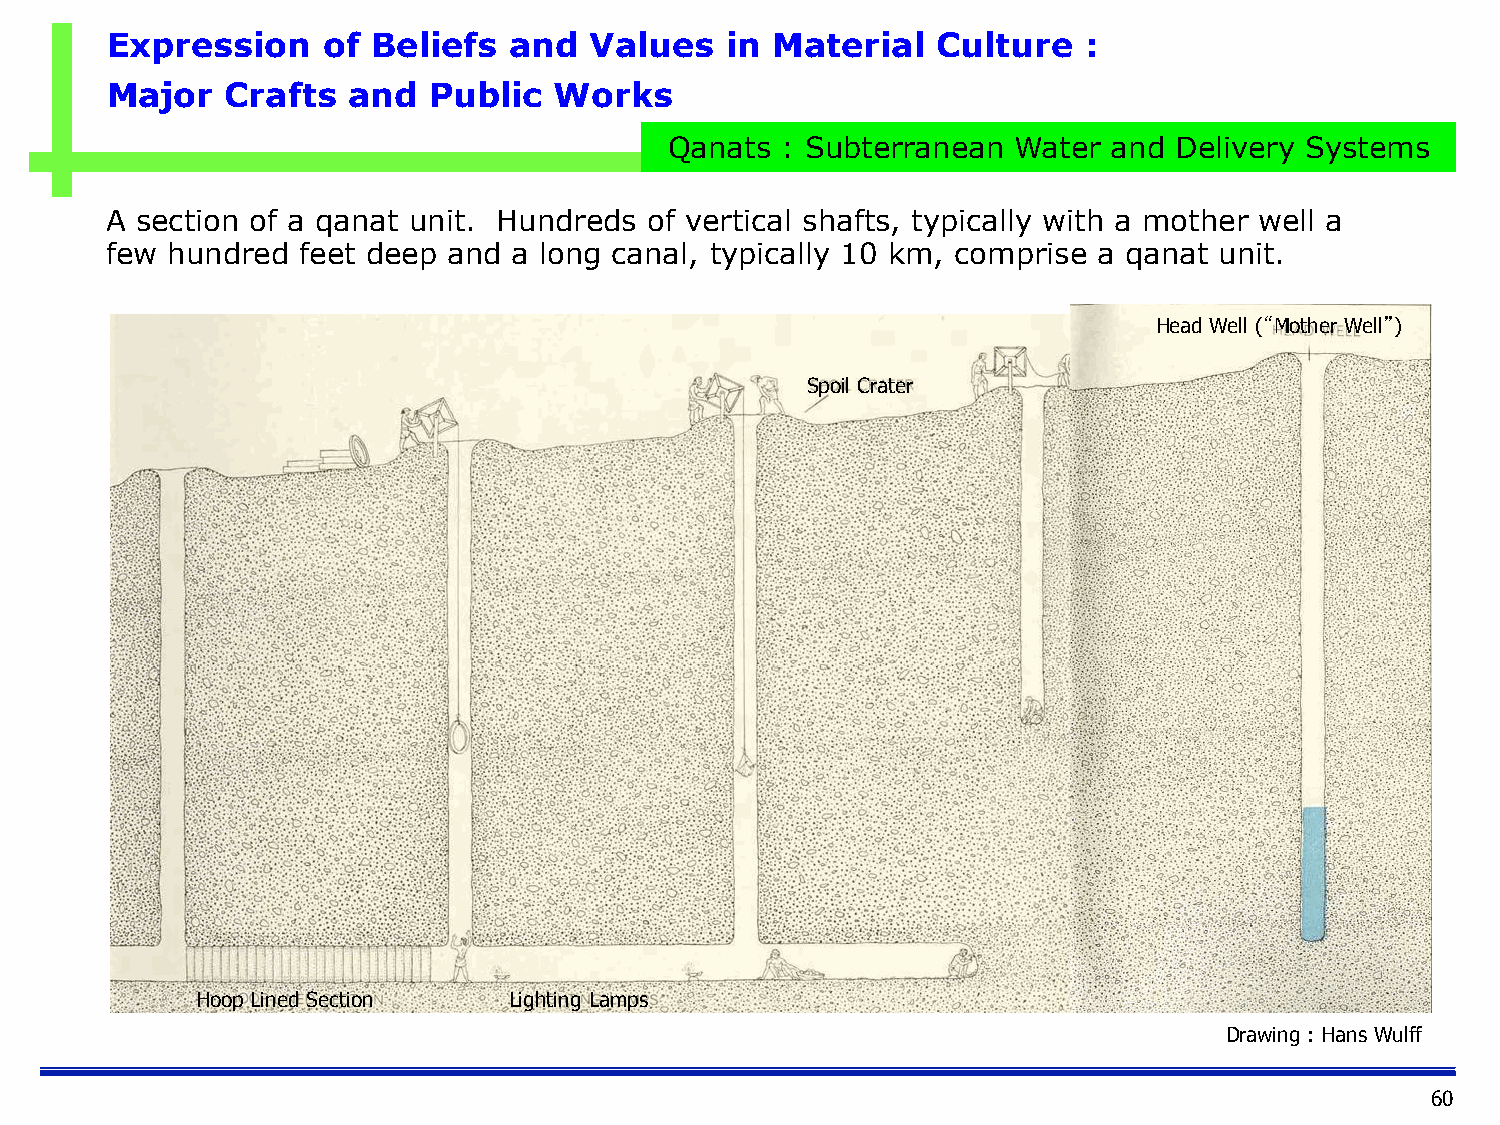
Expression    of  Beliefs  and  Values   in Material   Culture   :
 Major   Crafts  and  Public   Works
 Qanats  : Subterranean Water  and Delivery Systems
 A section of a qanat unit. Hundreds of vertical shafts, typically with a mother well a
 few hundred  feet deep and a long canal, typically 10 km, comprise a qanat unit.
 Head Well (“Mother Well”)
 Spoil Crater
 Hoop Lined Section   Lighting Lamps
 Drawing : Hans Wulff
 60